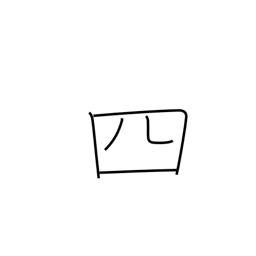
Meaning: four